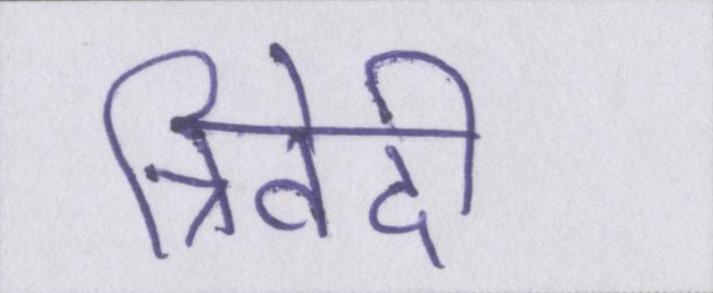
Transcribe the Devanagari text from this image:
त्रिवेदी